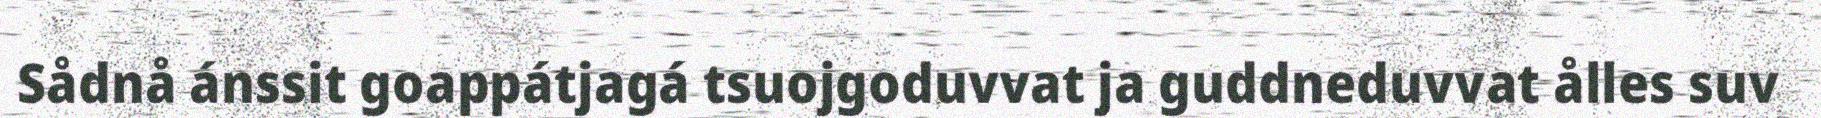
Sådnå ánssit goappátjagá tsuojgoduvvat ja guddneduvvat ålles suv